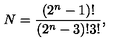
N = { \frac { \left( 2 ^ { n } - 1 \right) ! } { \left( 2 ^ { n } - 3 \right) ! 3 ! } } ,